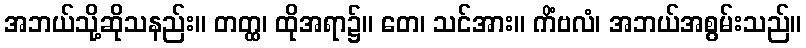
အဘယ်သို့ဆိုသနည်း။ တတ္ထ၊ ထိုအရာ၌။ တေ၊ သင်အား။ ကိံဗလံ၊ အဘယ်အစွမ်းသည်။